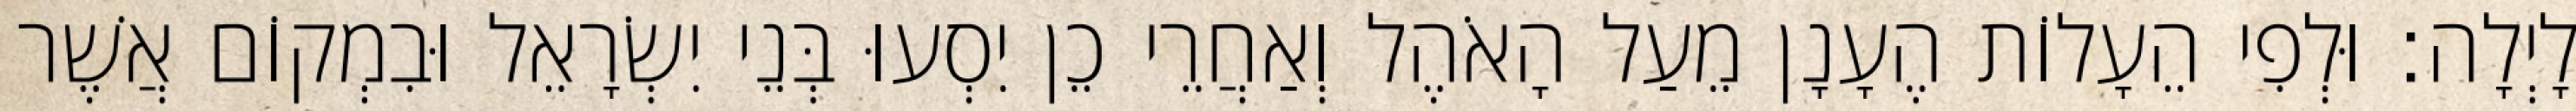
לָיְלָה׃ וּלְפִי הֵעָלוֹת הֶעָנָן מֵעַל הָאֹהֶל וְאַחֲרֵי כֵן יִסְעוּ בְּנֵי יִשְׂרָאֵל וּבִמְקוֹם אֲשֶׁר